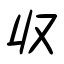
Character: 収